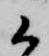
候